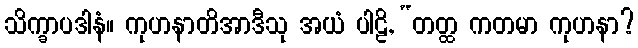
သိက္ခာပဒါနံ။ ကုဟနာတိအာဒီသု အယံ ပါဠိ, “တတ္ထ ကတမာ ကုဟနာ?